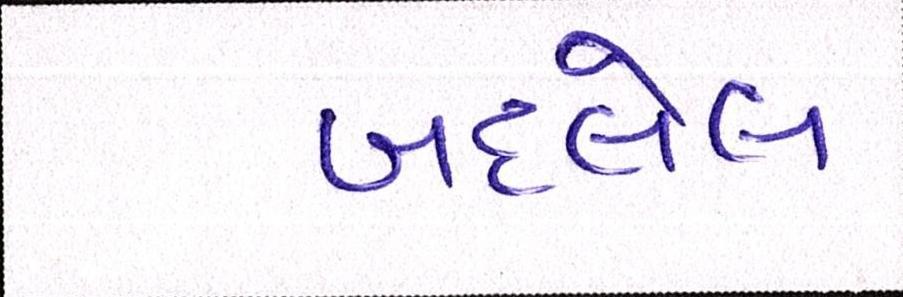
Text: બદલેલ